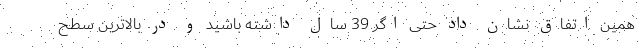
همین اتفاق نشان داد حتی اگر 39 سال داشته باشید و در بالاترین سطح